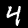
Digit: 4